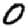
Digit: 0